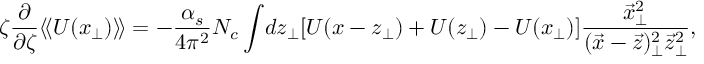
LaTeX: \zeta \frac { \partial } { \partial \zeta } \langle \! \langle { \cal U } ( x _ { \perp } ) \rangle \! \rangle = - { \frac { \alpha _ { s } } { 4 \pi ^ { 2 } } } N _ { c } \int \! d z _ { \perp } [ { \cal U } ( x - z _ { \perp } ) + { \cal U } ( z _ { \perp } ) - { \cal U } ( x _ { \perp } ) ] { \frac { \vec { x } _ { \perp } ^ { 2 } } { ( \vec { x } - \vec { z } ) _ { \perp } ^ { 2 } \vec { z } _ { \perp } ^ { 2 } } } ,